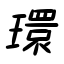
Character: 環